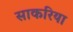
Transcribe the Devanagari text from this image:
साकरिया